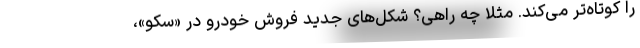
را کوتاه‌تر می‌کند. مثلا چه راهی؟ شکل‌های جدید فروش خودرو در «سکو»،